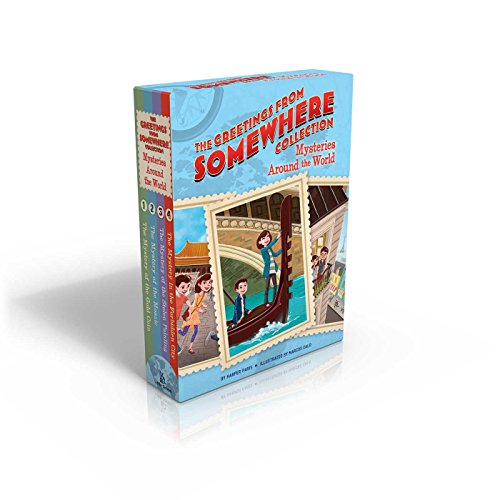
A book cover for The Greetings from Somewhere Collection: Mysteries Around the World: The Mystery of the Gold Coin; The Mystery of the Mosaic; The Mystery of the Stolen Painting; The Mystery in the Forbidden City; Harper Paris; Children's Books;